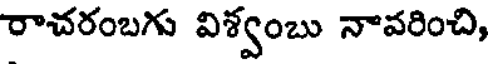
రాచరంబగు విశ్వంబు నావరించి,